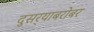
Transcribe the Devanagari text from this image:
दुसर्‍याबरोबर